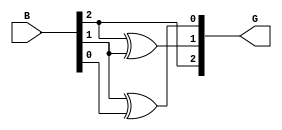
module gray_code_encoder #(parameter n = 3) (
    input  [n-1:0] B,  // n-bit binary input
    output [n-1:0] G   // n-bit Gray code output
);

    // Assign the most significant bit of Gray code
    assign G[n-1] = B[n-1];

    // Generate the remaining bits of Gray code using XOR
    genvar i;
    generate
        for (i = n-2; i >= 0; i = i - 1) begin : gray_conversion
            assign G[i] = B[i+1] ^ B[i];
        end
    endgenerate

endmodule